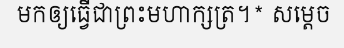
មកឲ្យធ្វើជាព្រះមហាក្សត្រ។* សម្តេច